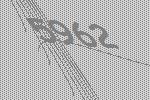
5962